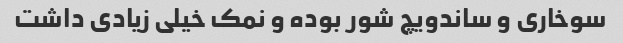
سوخاری و ساندویچ شور بوده و نمک خیلی زیادی داشت